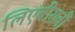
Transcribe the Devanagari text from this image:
लिएबीसवीं